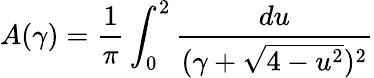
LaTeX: A(\gamma)=\frac{1}{\pi}\int_{0}^{2}\frac{du}{(\gamma+\sqrt{4-u^{2}})^{2}}